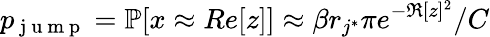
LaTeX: p_{\mathrm{~j~u~m~p~}}=\mathbb{P}[x\approx Re[z]]\approx\beta r_{j^{*}}\pi e^{-\Re[z]^{2}}/C